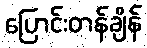
ပြောင်းတန်ချိန်